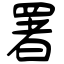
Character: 署